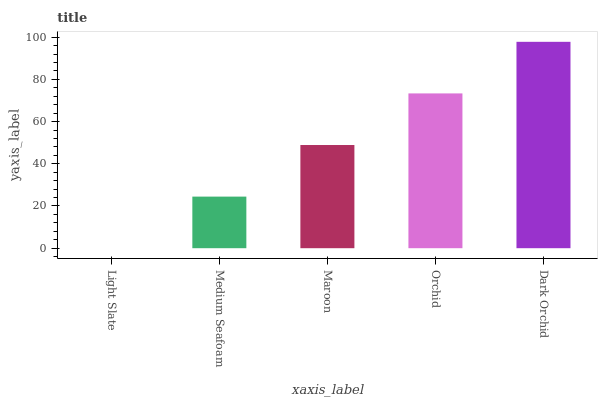
| xaxis_label | bars |
 | --- | --- |
 | Light Slate | 0 |
 | Medium Seafoam | 24.4 |
 | Maroon | 48.9 |
 | Orchid | 73.3 |
 | Dark Orchid | 97.8 |